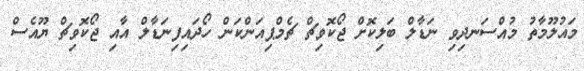
މައުލޫމާތު މުއްސަނދިވި ނަޑާލް ބަލިކޮށް ޖޯކޮވިޗް ޗެމްޕިއަންކަން ހޯދައިފިނަޑާލް އާއި ޖޯކޮވިޗް ޔޫއެސް